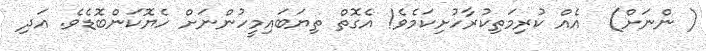
( ންނަށް)  އެއް ކުރިމަތިކުރާހުށިކަމެވެ! އެގޮތް ތިޔަބައިމީހުންނަށް ހެޔޮކަންބޮޑެވެ. އަދި